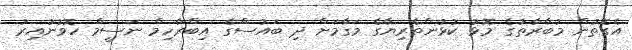
އެގޮތުން މުބާރާތުގެ މޮޅު ކުޅުންތެރިޔާގެ މަގާމަށް ދި ބައުސްގެ އިބްރާހިމް ނަސީމް ހޮވުނުއިރު